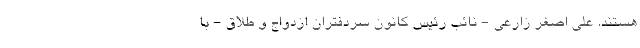
هستند. علی اصغر زارعی - نائب رئیس کانون سردفتران ازدواج و طلاق - با